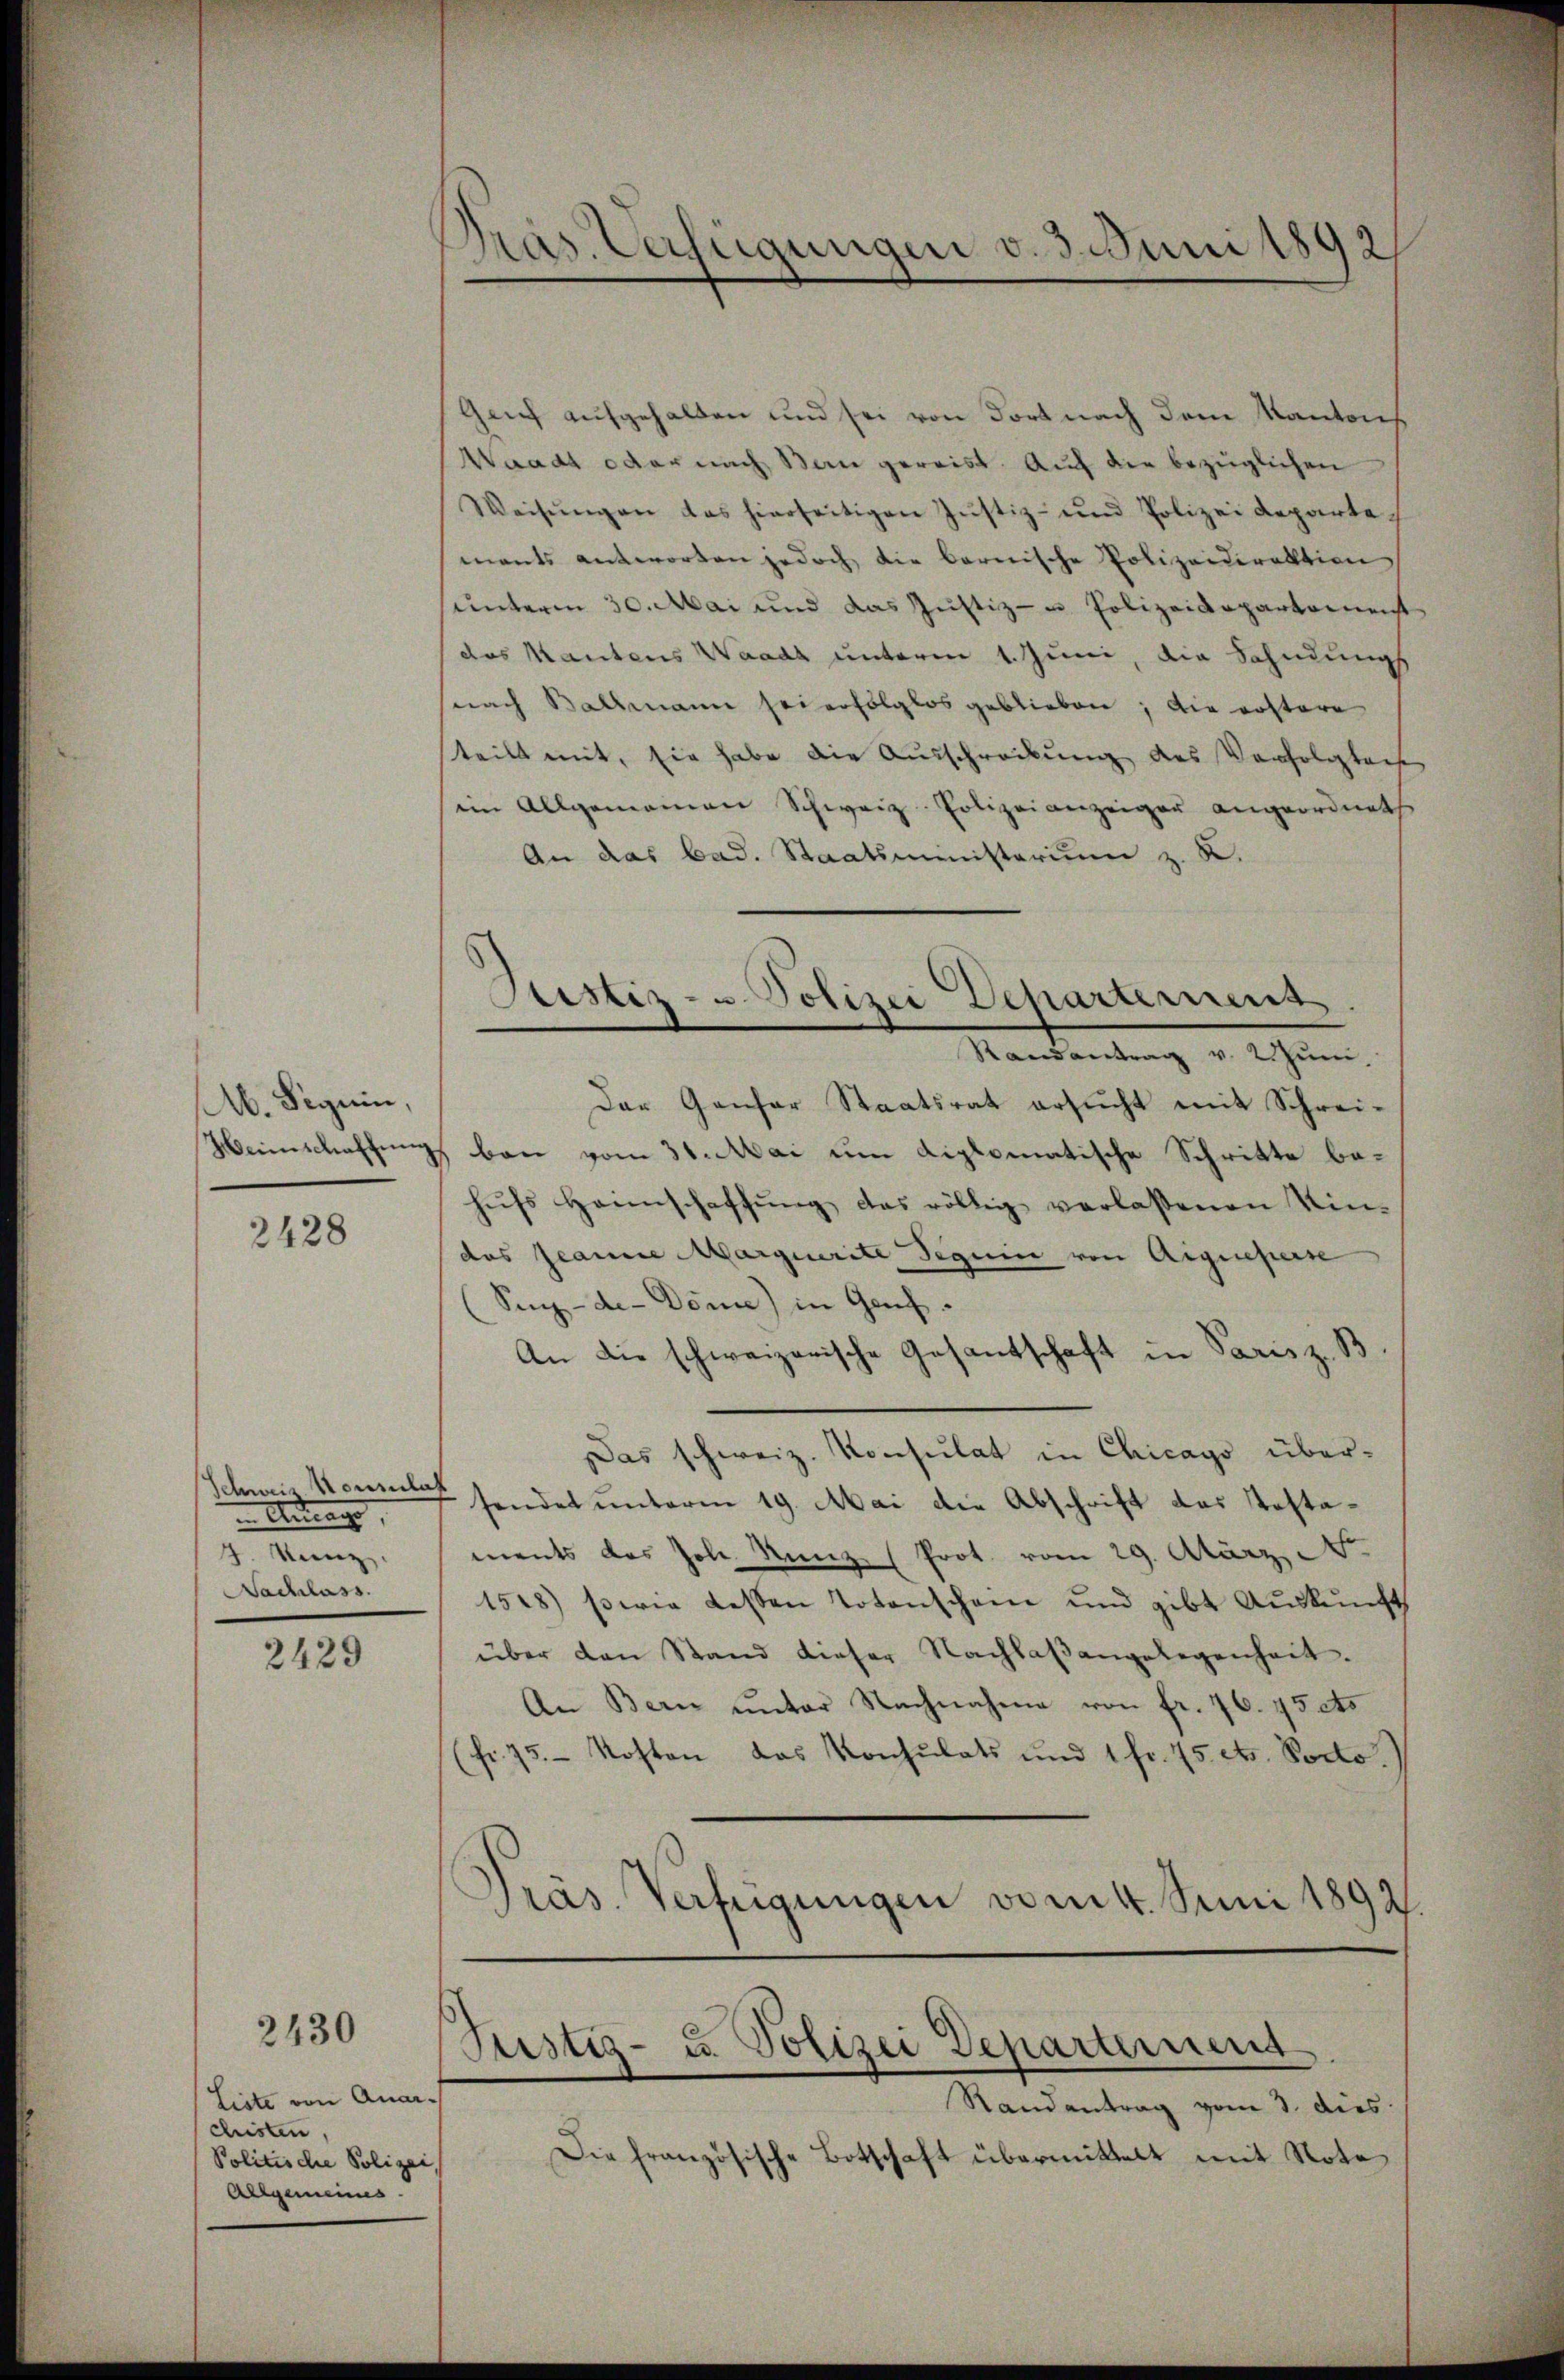
M. Signin,

2428

i Antrage,
4. Kanz
Nachlass

2429

2430

Liste von Quarchisten,
Politische Polizei,
Allgemeines.

ras. Verfügungen v. 3. Juni 1892

Genf aufgehalten und sei von dort nach dem Kantons
Waadt oder nach Bern gereist. Auf die bezüglichen
Weisŭngen das hierseitigen Jŭstiz- und Polizeideparte-
mants antworten jedoch die bernische Polizeidirektion
unterm 30. Mai und das Justiz- u. Polizeidepartemenst
(das Kautens Waadt unterm 1. Juni, die Sahndungs
(nach Ballmann sei erfolglos geblieben; die rostere
steilt mit, sie habe die Ausschreibung des Verfolgten
im Allgemeinen Schweiz. Polizeianzeiger angeordnet
An das bad. Staatsministerium z. R.
Randantrag v. 2. Jŭn
Der Genfer Staatsrat ersucht mit Schrei¬
Weinschaffung ban vom 31. Mai um diplomatische Schritte behŭfs Heimschaffŭng das völlig verlassenen Kin-
das Jeanne Marquerite Teguine von Aignesterse
Sig-de-Döme) in Genf.
An die schweizerische Gesantschaft in Paris z. B
Das schweiz. Konsulat in Chicago überschweiz kommt sendet unterm 19. Mai die Abschrift das Testaments das Joh. Kunz (Prot. vom 29. März, No.
1528) sowie dessen Totenschein und gibt Aŭskŭnft
über den Stand dieser Nachlaβangelegenheit.
An Bern unter Nachnahme von fr. 76. 75cto
(fr. 75. Kosten das Konsulats und 1 fr. 75. et. Docto
Präs. Verfügungen vom 4. Juni 1892

Justiz- u. Polizei Departement

Justiz- u. Polizei Departement

Randantrag vom 3. dies
Die französische Botschaft übermittelt mit Note